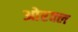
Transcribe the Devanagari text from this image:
ओरक्ल